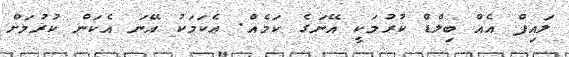
ލައިފް އެއް ބިލްޑް ކުރުމަކީ އޭނަގެ ކަމެއް. ޢެކަމަކު އޭނަ އެކަން ކުރުމަށް